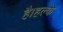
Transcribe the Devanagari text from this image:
है।हल्के